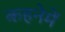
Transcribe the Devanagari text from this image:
कहनेमें